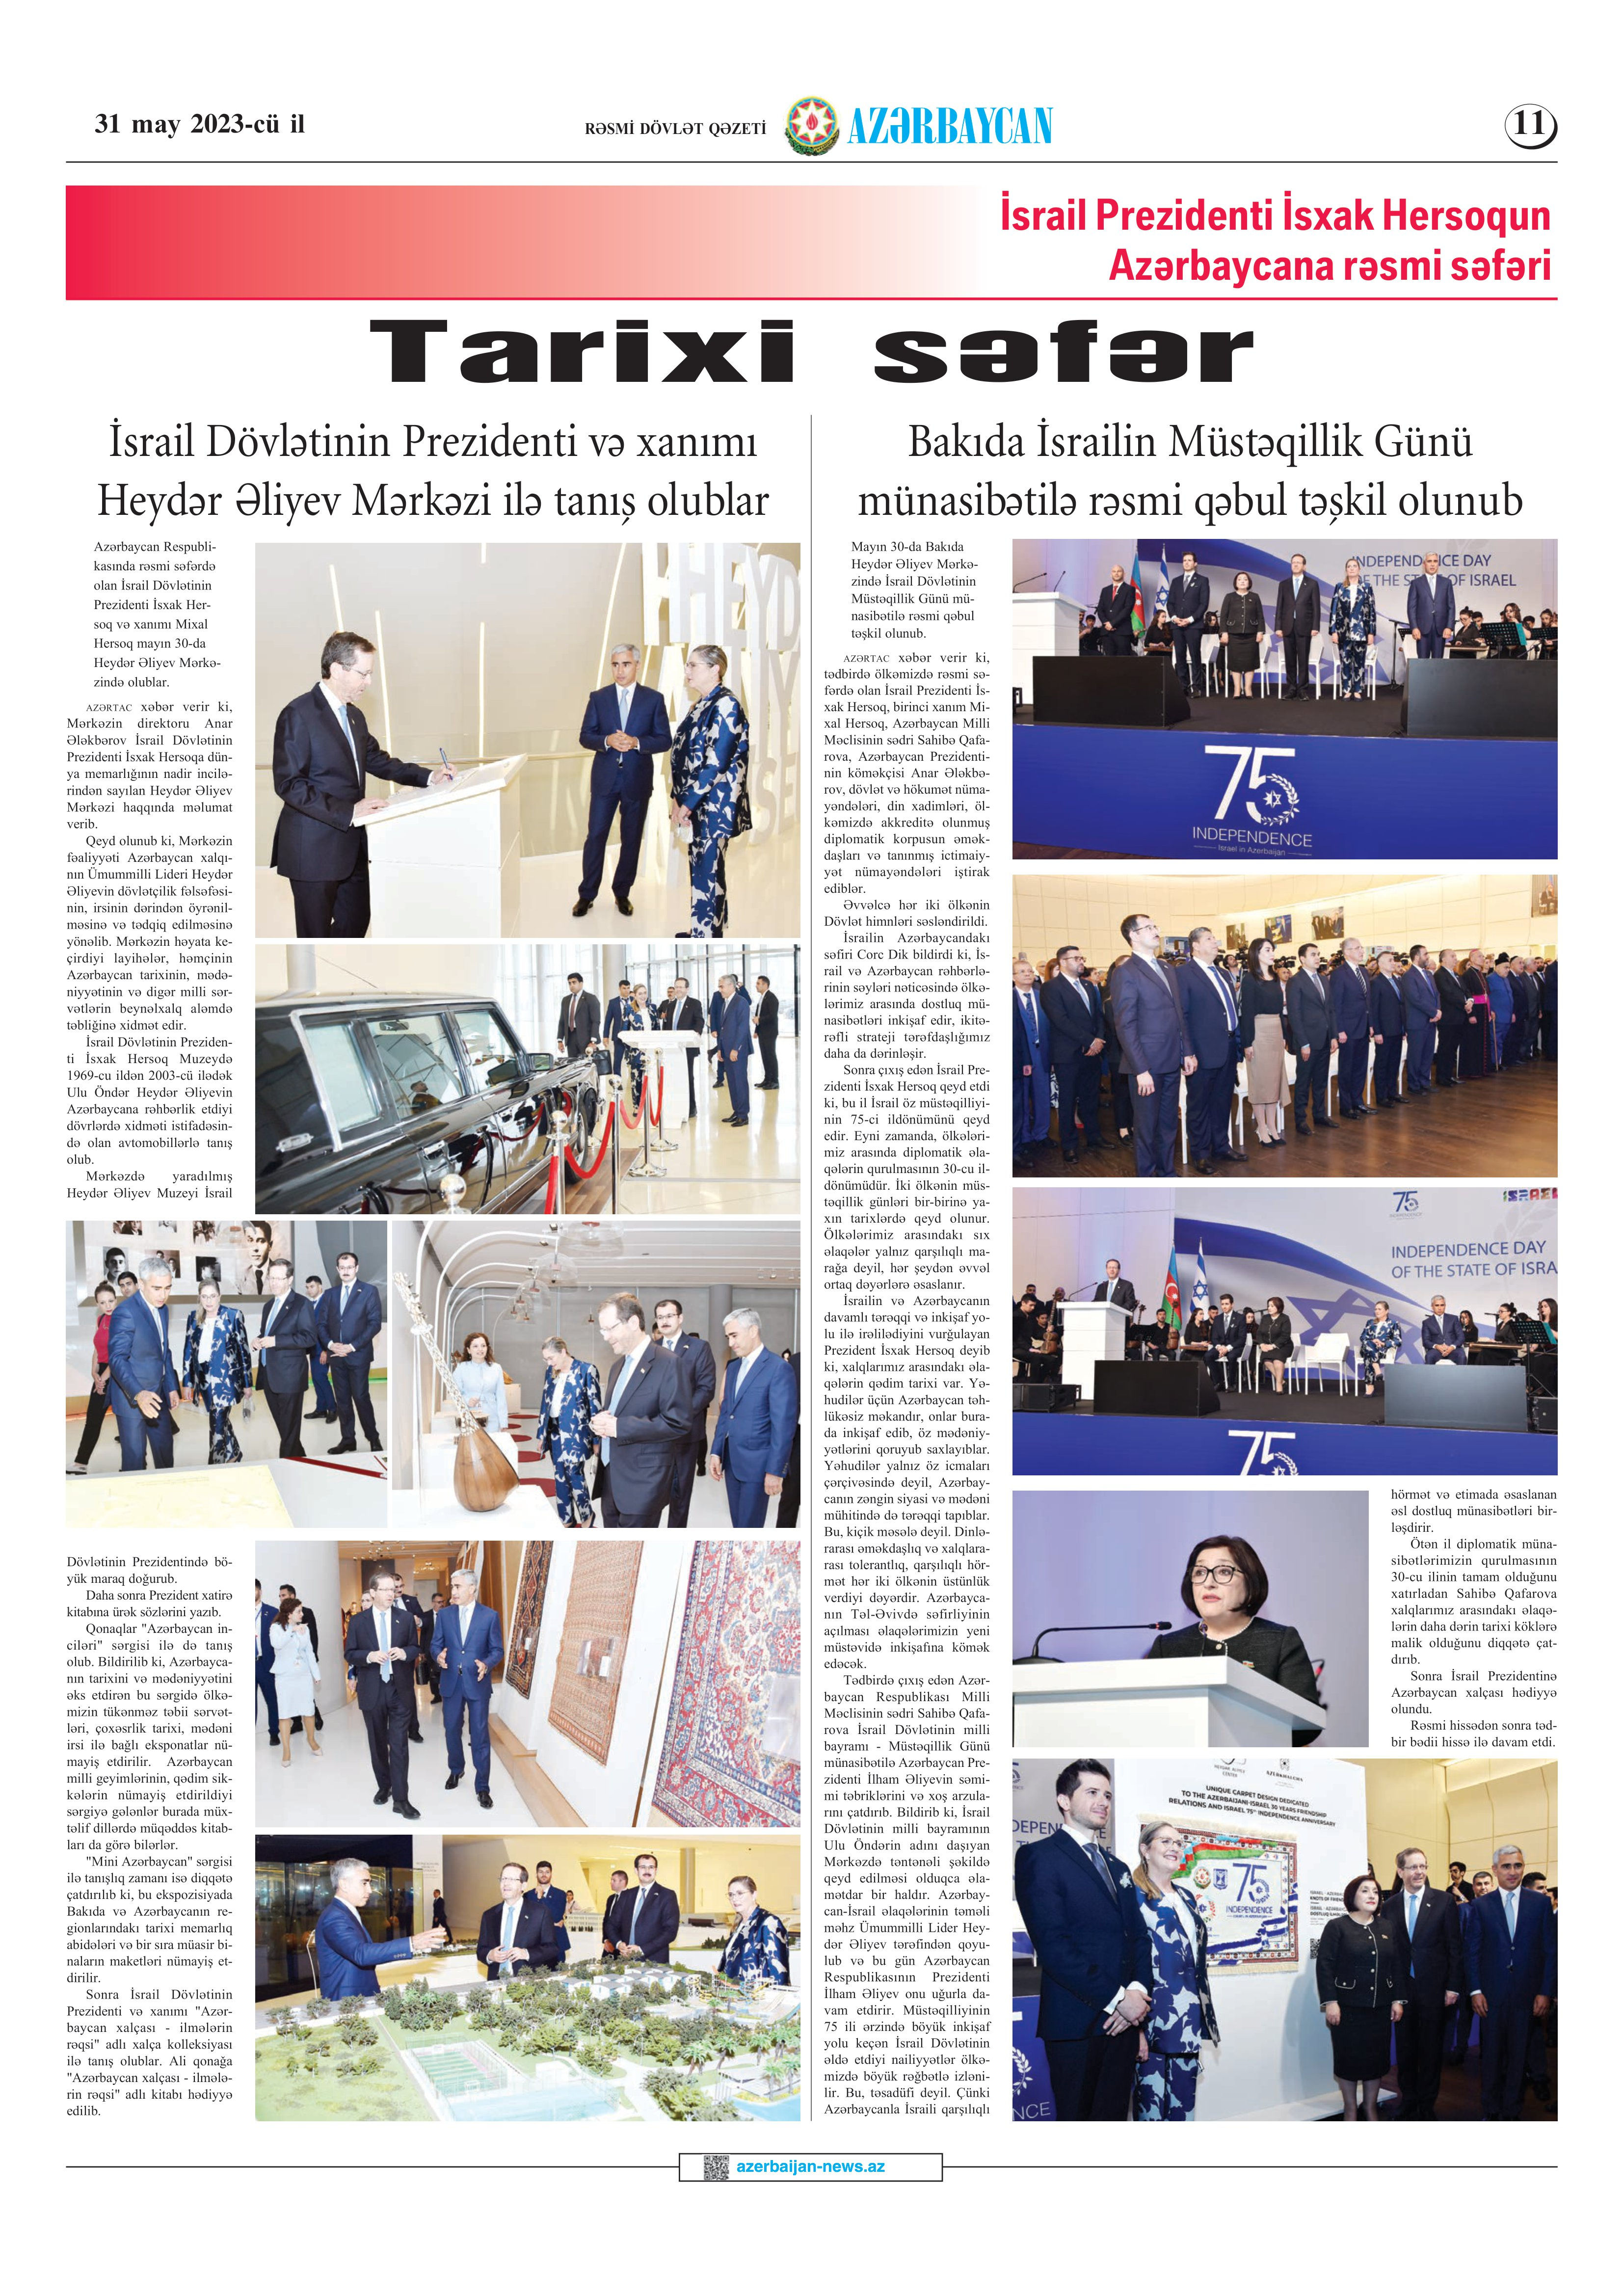
Language: az